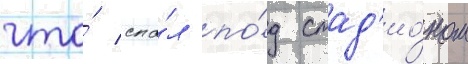
что́ спа́л по́д стад'ио́ном